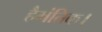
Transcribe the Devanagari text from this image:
हैमंतिक।